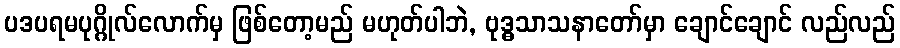
ပဒပရမပုဂ္ဂိုလ်လောက်မှ ဖြစ်တော့မည် မဟုတ်ပါဘဲ, ဗုဒ္ဓသာသနာတော်မှာ ချောင်ချောင် လည်လည်